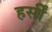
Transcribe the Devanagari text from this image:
हर्सीं